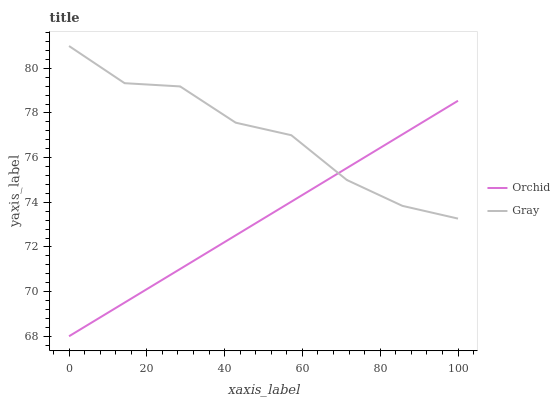
| xaxis_label | Orchid | Gray |
 | --- | --- | --- |
 | 0 | 68 | 81 |
 | 14.3 | 69.5 | 79.3 |
 | 28.6 | 71 | 79.2 |
 | 42.9 | 72.5 | 77.6 |
 | 57.1 | 74 | 77 |
 | 71.4 | 75.5 | 75 |
 | 85.7 | 77 | 73.8 |
 | 100 | 78.5 | 73.3 |